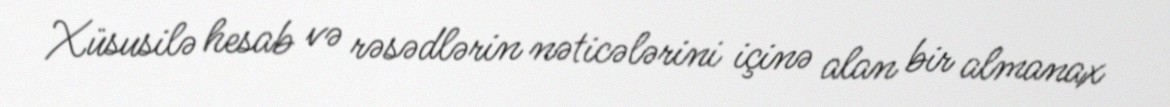
Xüsusilə hesab və rəsədlərin nəticələrini içinə alan bir almanax